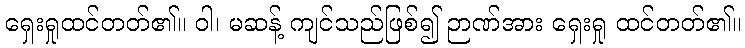
ရှေးရှုထင်တတ်၏။ ဝါ၊ မဆန့် ကျင်သည်ဖြစ်၍ ဉာဏ်အား ရှေးရှု ထင်တတ်၏။